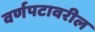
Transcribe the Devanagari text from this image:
वर्णपटावरील